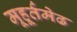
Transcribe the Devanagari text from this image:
मूहूर्तमेढ